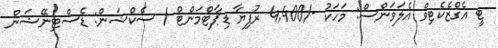
ޓީ އެގްޒެކެޓިވް އެލަވަންސް: މަހަކު -/4